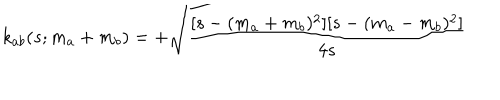
LaTeX: k _ { a b } ( s ; m _ { a } + m _ { b } ) = + \sqrt { { \frac { [ s - ( m _ { a } + m _ { b } ) ^ { 2 } ] [ s - ( m _ { a } - m _ { b } ) ^ { 2 } ] } { 4 s } } }